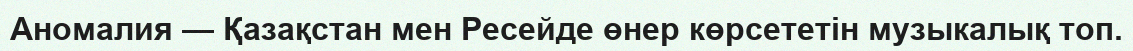
Аномалия — Қазақстан мен Ресейде өнер көрсететін музыкалық топ.